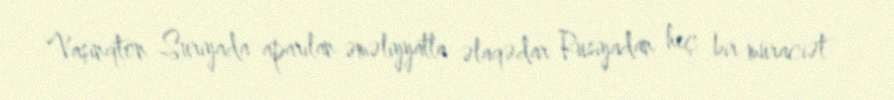
Vaşinqton Suriyada aparılan əməliyyatla əlaqədar Rusiyadan heç bir müraciət